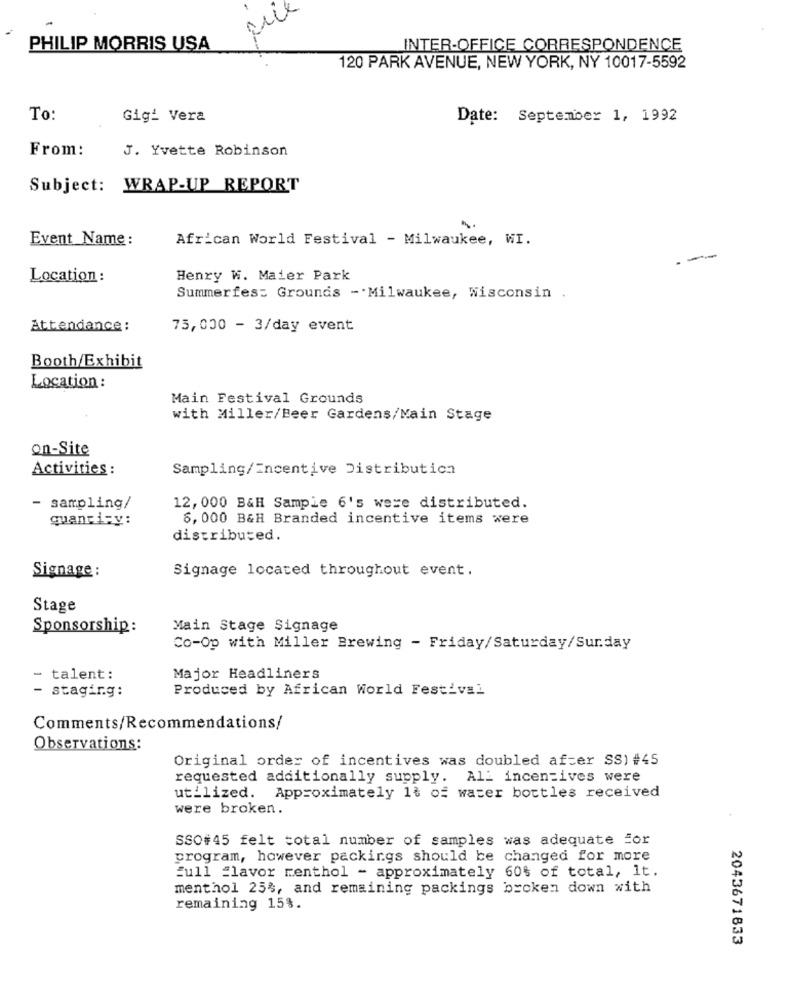
PHILIP MORRIS USA
INTER-OFFICE CORRESPONDENCE
120 PARK AVENUE, NEW YORK, NY 10017-5592
To:
Gigi Vera
Date: September 1, 1992
From:
J. Yvette Robinson
Subject: WRAP-UP REPORT
Event Name :
African World Festival - Milwaukee, WI.
Location :
Henry W. Maier Park
Summerfes: Grounds - Milwaukee, Wisconsin .
Attendance :
75,000 - 3/day event
Booth/Exhibit
Location :
Main Festival Grounds
with Miller/Beer Gardens/Main Stage
on-Site
Activities :
Sampling/Incentive Distribution
- sampling/
12, 000 B&H Sample 6's were distributed.
quanti-y :
6, 000 B&H Branded incentive items were
distributed.
Signage located throughout event.
Signage :
Stage
Sponsorship :
Main Stage Signage
Co-Op with Miller Brewing - Friday/Saturday/Sunday
- talent:
Major Headliners
Produced by African World Festival
- staging:
Comments/Recommendations/
Observations:
Original order of incentives was doubled after SS) #45
requested additionally supply. All incentives were
utilized. Approximately 1% of water bottles received
were broken.
SSO#45 felt total number of samples was adequate for
program, however packings should be changed for more
Full flavor menthol - approximately 60% of total, It.
menthol 25%, and remaining packings broken down with
remaining 15%.
2043671833